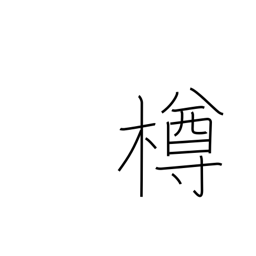
Meaning: keg